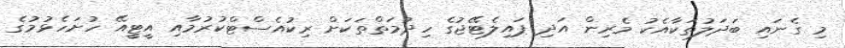
މި ގެނައި ބަދަލުތަކާއެކު މެރިން އަދި ޕައިލެޓޭޖުގެ ހިދުމަތްތަކަށް ރިކުއެސްޓްކުރުމާއި އީޓީއޭ ހުށަހެޅުމުގެ